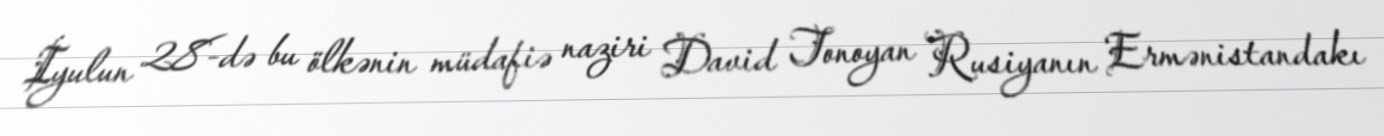
İyulun 28-də bu ölkənin müdafiə naziri David Tonoyan Rusiyanın Ermənistandakı